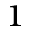
_ 1